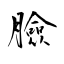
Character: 臉